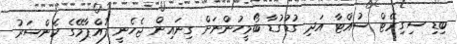
ބިޑި ސިގިރޭޓް ސުއްޓާ އަދި ގުޑުގުޑާ ބޯމީހުންނަށް ގިނައިން ޖެހެނީ ފުއްޕާމޭގެ ކެންސަރު